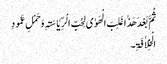
ثُمَّ بَعْدَ ھَذٰاغَلِبَ الْھَوٰی لِحُبِّ الْرِّیٰاسَۃِ وَحَمْلِ عَمُودِ
الْخِلاٰفَۃِ۔